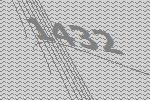
1432